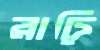
রাঢ়ি